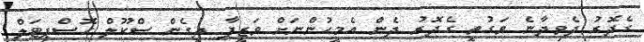
ގެދޮރު ދެވިދާނެ ވަގުތީ ގެދޮރު ދެން އެމީހުންނަށް ވަޒީފާ ދީގެން ސްކޫލް ހޮސްޕިޓަލް